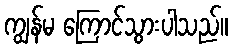
ကျွန်မ ကြောင်သွားပါသည်။